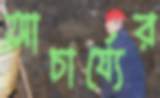
আচার্য্যের